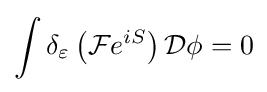
\int \delta _{\varepsilon }\left({\mathcal {F}}e^{iS}\right){\mathcal {D}}\phi =0